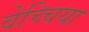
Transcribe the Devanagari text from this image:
वेच्चिया